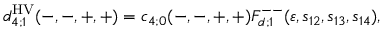
d _ { 4 ; 1 } ^ { \mathrm { H V } } ( - , - , + , + ) = c _ { 4 ; 0 } ( - , - , + , + ) F _ { d ; 1 } ^ { -- } ( \varepsilon , s _ { 1 2 } , s _ { 1 3 } , s _ { 1 4 } ) ,